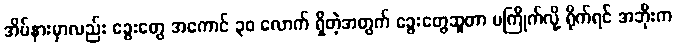
အိမ်နားမှာလည်း ခွေးတွေ အကောင် ၃၀ လောက် ရှိတဲ့အတွက် ခွေးတွေဆူတာ မကြိုက်လို့ ရိုက်ရင် အဘိုးက